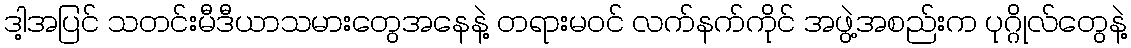
ဒါ့အပြင် သတင်းမီဒီယာသမားတွေအနေနဲ့ တရားမဝင် လက်နက်ကိုင် အဖွဲ့အစည်းက ပုဂ္ဂိုလ်တွေနဲ့